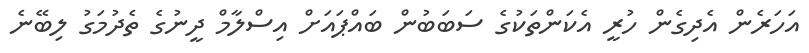
އަހަރެން އެދިގެން ހުރީ އެކަންތަކުގެ ސަބަބުން ބައްޕައަށް އިސްލާމް ދީނުގެ ތެދުމަގު ލިބޭނެ